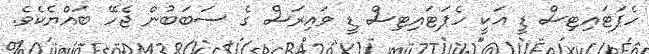
ހެޕަޓައިޓިސް ޑީ އަކީ ހެޕަޓައިޓިސް ޑީ ވައިރަސް ގެ ސަބަބުން ޖެހޭ ބައްޔެކެވެ.